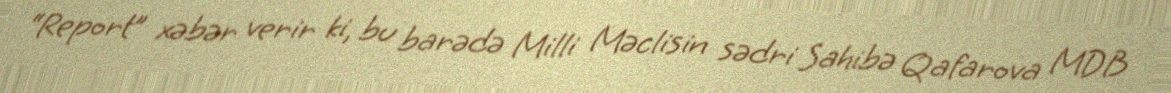
“Report” xəbər verir ki, bu barədə Milli Məclisin sədri Sahibə Qafarova MDB